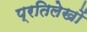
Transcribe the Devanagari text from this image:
प्रतिलेखों